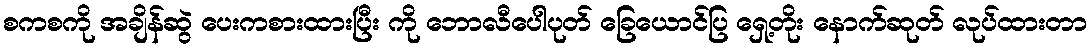
စကစကို အချိန်ဆွဲ ပေးကစားထားပြီး ကို ဘောလီပေါပုတ် ခြေယောင်ပြ ရှေ့တိုး နောက်ဆုတ် လုပ်ထားတာ